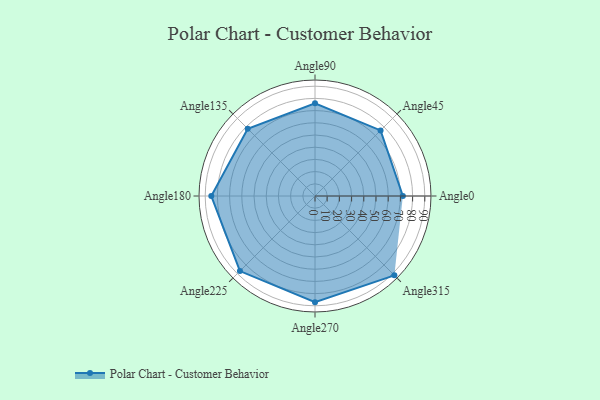
{"axis": {"x": "Angle", "y": "Radius"}, "legend": [""], "data": [{"x": "Angle0", "y": 72.0, "type": ""}, {"x": "Angle45", "y": 76.0, "type": ""}, {"x": "Angle90", "y": 76.0, "type": ""}, {"x": "Angle135", "y": 78.0, "type": ""}, {"x": "Angle180", "y": 85.0, "type": ""}, {"x": "Angle225", "y": 87.0, "type": ""}, {"x": "Angle270", "y": 87.0, "type": ""}, {"x": "Angle315", "y": 92.0, "type": ""}]}